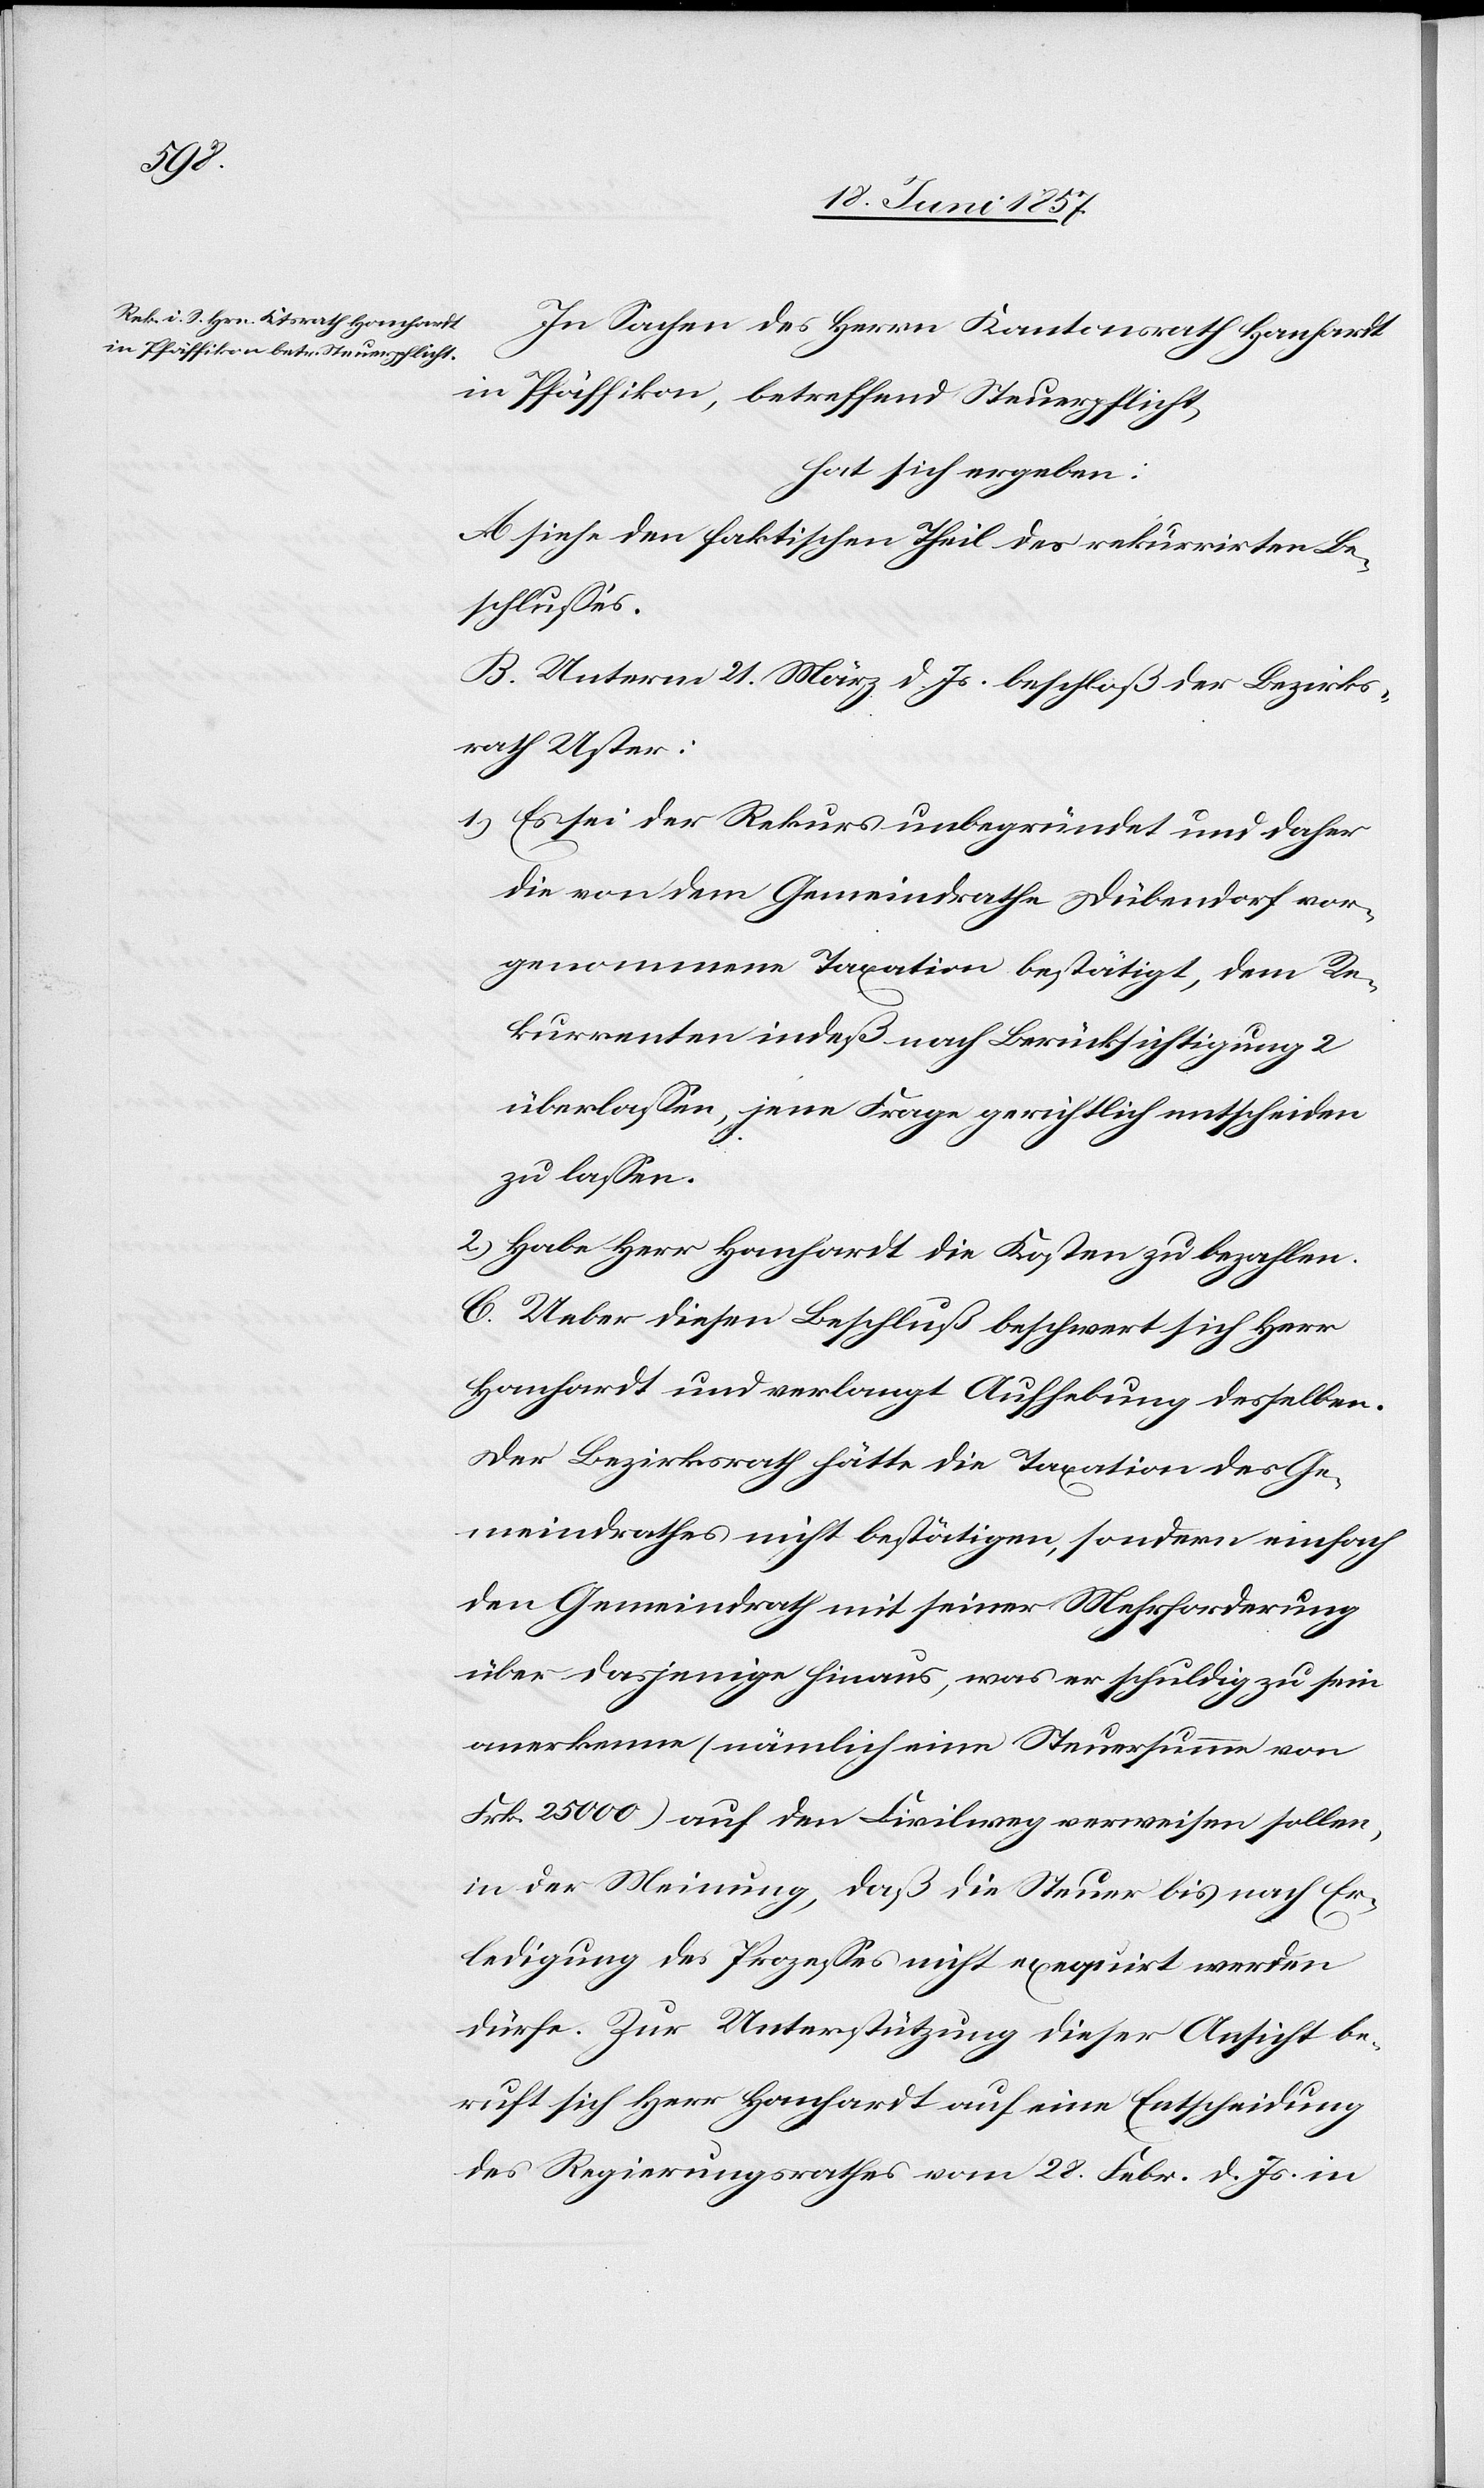
In Sachen des Herrn Kantonsrath Hanhardt
in Pfäffikon, betreffend Steuerpflicht,
hat sich ergeben:
A. siehe den faktischen Theil des rekurrirten Be¬
schlusses.
B. Unterm 21 März d. Js. beschloß der Bezirks¬
rath Uster:
1.) Es sei der Rekurs unbegründet und daher
die von dem Gemeindrathe Dübendorf vor¬
genommene Taxation bestätigt, dem Re¬
kurrenten indeß nach Berücksichtigung 2
überlassen, jene Frage gerichtlich entscheiden
zu lassen.
2.) Habe Herr Hanhardt die Kosten zu bezahlen.
C. Ueber diesen Beschluß beschwert sich Herr
Hanhardt und verlangt Aufhebung desselben.
Der Bezirksrath hätte die Taxation des Ge¬
meindrathes nicht bestätigen, sondern einfach
den Gemeindrath mit seiner Mehrforderung
über dasjenige hinaus, was er schuldig zu sein
anerkenne (nämlich eine Steuersumme von
Frk. 25 000) auf den Civilweg verweisen sollen,
in der Meinung, daß die Steuer bis nach Er¬
ledigung des Prozesses nicht exequirt werden
dürfe. Zur Unterstützung dieser Ansicht be¬
ruft sich Herr Hanhardt auf eine Entscheidung
des Regierungsrathes vom 28 Febr. d. Js. in